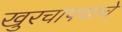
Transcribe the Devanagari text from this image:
खुरचाफ्याचे